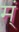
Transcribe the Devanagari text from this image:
म्ं